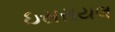
ઇસરાયલ